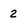
Character: 2